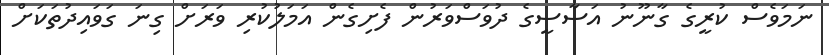
ނަމަވެސް ކުރީގެ ގާނޫނު އަސާސީގެ ދުވަސްވަރުން ފެށިގެން އަމަލުކުރި ވަރަށް ގިނަ ގަވައިދުތަކަށް